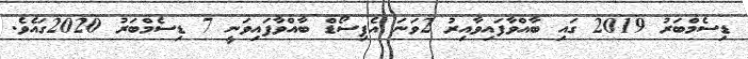
ޑިސެމްބަރު 2019 ގައި ބާއްވާފައިވާއިރު 2ވަނަ އެޕިސޯޑް ބާއްވާފައިވަނީ 7 ޑިސެމްބަރު 2020ގައެވެ.